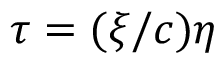
\tau = ( \xi / c ) \eta